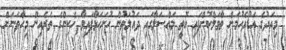
މިއަދުގެ އަޑުއެހުމަށް ތާވަލްކޮށްފައި އޮތީ މައްސަލާގައި ދައުލަތުން ހުށަހަޅާފައިވާ ހެކިންގެ ތެރެއިން މިހާތަނަށް